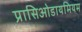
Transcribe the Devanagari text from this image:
प्रासिओडायमियम